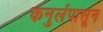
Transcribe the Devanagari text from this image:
कनुर्लपासून